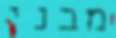
מבני